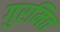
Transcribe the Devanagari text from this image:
गुरमित